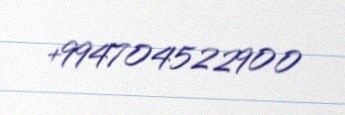
+994704522900